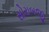
સોરાબજી